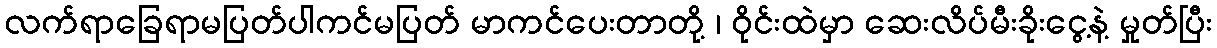
လက်ရာခြေရာမပြတ်ပါကင်မပြတ် မာကင်ပေးတာတို့ ၊ ဝိုင်းထဲမှာ ဆေးလိပ်မီးခိုးငွေ့နဲ့ မှုတ်ပြီး